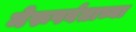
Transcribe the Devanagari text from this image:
मेरूपर्वताच्या